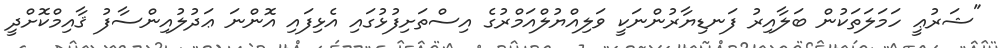
"ޝަރުޢީ ހަމަލަތަކުން ބަލާއިރު ފަނޑިޔާރުންނަކީ ވަލިއްޔުލްއަމްރުގެ އިސްތަށިފުޅުގައި އެޅިފައި އޮންނަ ޢަދުލުއިންސާފު ޤާއިމްކޮށްދީ